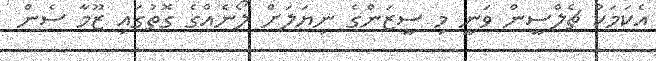
އެކަމަކު ޗެލްސީން ވަނީ މި ސީޒަންގެ ނިޔަލަށް ލޯނެއްގެ ގޮތުގައި ޒޫމާ ސެން